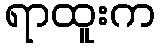
ရာထူးက